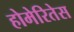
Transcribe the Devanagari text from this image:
होमेरितेस